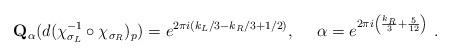
LaTeX: \begin{align*} \mathbf{Q}_\alpha ( d(\chi_{\sigma_L}^{-1}\circ \chi_{\sigma_R})_p ) = e^{2\pi i(k_L/3-k_R/3+1/2)} , ~~ ~~ \alpha =e^{2\pi i\left( \frac{k_R}{3}+ \frac{5}{12} \right)} \ .\end{align*}